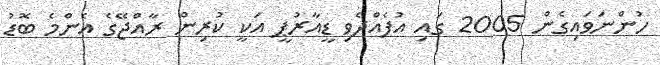
ހުންނަވައިގެން 2005 ގައި އުފެއްދެވި ޑީއާރުޕީ އަކީ ކުރިން ރާއްޖޭގެ އެންމެ ބޮޑު